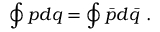
\oint _ { } ^ { } p d q = \oint _ { } ^ { } { \bar { p } } d { \bar { q } } \ .